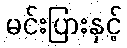
မင်းပြားနှင့်